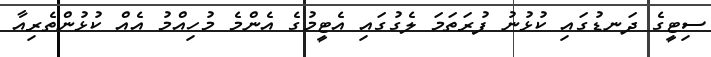
ސިޓީގެ ދަނޑުގައި ކުޅުނު ފުރަތަމަ ލެގުގައި އެޓީމުގެ އެންމެ މުހިއްމު އެއް ކުޅުންތެރިއާ